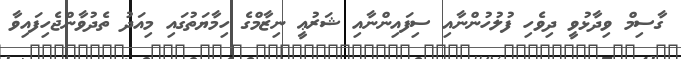
ގާސިމް ވިދާޅުވީ ދިވެހި ފުލުހުންނާއި ސިފައިންނާއި ޝަރުޢީ ނިޒާމްގެ ހިމާޔަތުގައި މިއަދު ތެދުވާންޖެހިފައިވާ